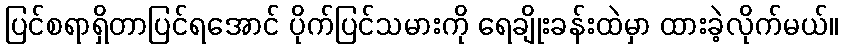
ပြင်စရာရှိတာပြင်ရအောင် ပိုက်ပြင်သမားကို ရေချိုးခန်းထဲမှာ ထားခဲ့လိုက်မယ်။